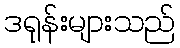
ဒရုန်းများသည်